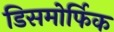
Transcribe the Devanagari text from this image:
डिसमोर्फिक